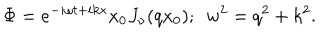
\Phi = e ^ { - i \omega t + i k x } x _ { 0 } J _ { \nu } ( q x _ { 0 } ) ; \ \ w ^ { 2 } = q ^ { 2 } + k ^ { 2 } .